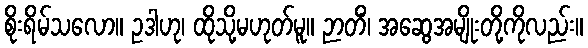
စိုးရိမ်သလော။ ဥဒါဟု၊ ထိုသို့မဟုတ်မူ။ ဉာတိံ၊ အဆွေအမျိုးတို့ကိုလည်း။